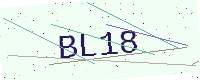
Text: BL18